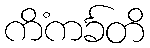
ကိံကင်္ခတိ